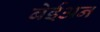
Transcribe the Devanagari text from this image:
बेईअन